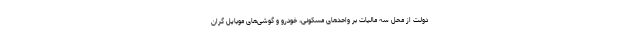
دولت از محل سه مالیات بر واحدهای مسکونی، خودرو و گوشی‌های موبایل گران